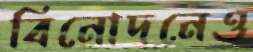
বিনোদনেও